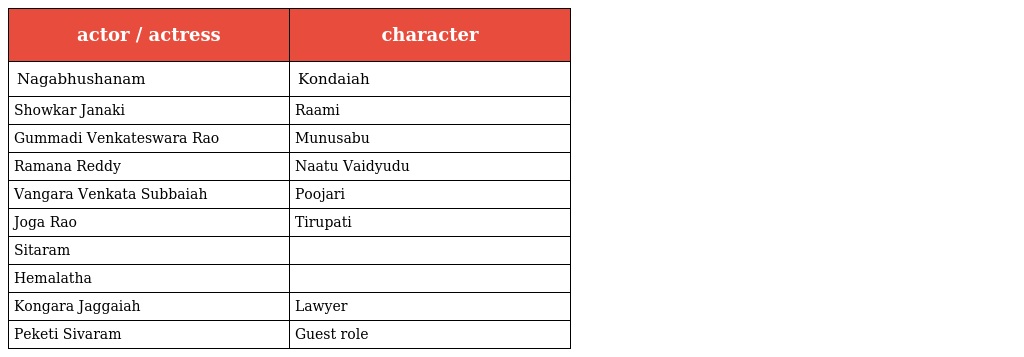
| actor / actress | character |
 | --- | --- |
 | Nagabhushanam | Kondaiah |
 | Showkar Janaki | Raami |
 | Gummadi Venkateswara Rao | Munusabu |
 | Ramana Reddy | Naatu Vaidyudu |
 | Vangara Venkata Subbaiah | Poojari |
 | Joga Rao | Tirupati |
 | Sitaram |  |
 | Hemalatha |  |
 | Kongara Jaggaiah | Lawyer |
 | Peketi Sivaram | Guest role |